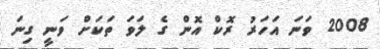
2008 ވަނަ އަހަރު ރޮކް އޮން ގެ ލަވަ ތަކަށް ވަނީ ގިނަ